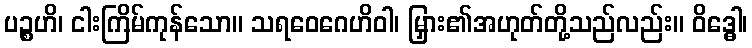
ပဉ္စဟိ၊ ငါးကြိမ်ကုန်သော။ သရဝေဂေဟိဝါ၊ မြှား၏အဟုတ်တို့သည်လည်း။ ဝိဒ္ဓေါ၊